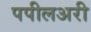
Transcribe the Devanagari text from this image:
पपीलअरी